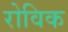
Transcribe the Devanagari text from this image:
रोविक